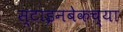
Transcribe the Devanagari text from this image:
स्टाइनबेकच्या